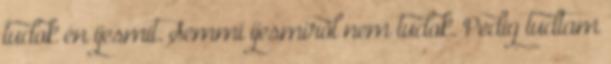
tudok én ijesmit. Semmi ijesmiről nem tudok. Pedig tudtam